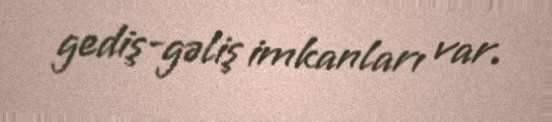
gediş-gəliş imkanları var.